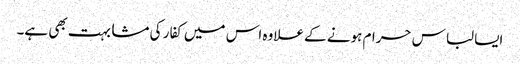
ایسا لباس حرام ہونے کے علاوہ اس میں کفار کی مشابہت بھی ہے۔